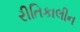
રીતિકાલીન